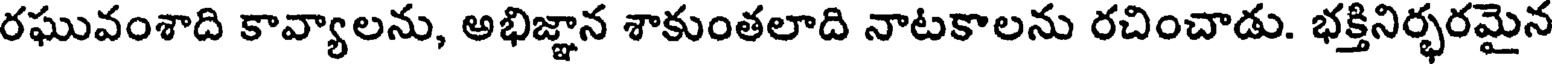
రఘువంశాది కావ్యాలను, అభిజ్ఞాన శాకుంతలాది నాటకాలను రచించాడు. భక్తినిర్భరమైన